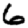
Digit: 6